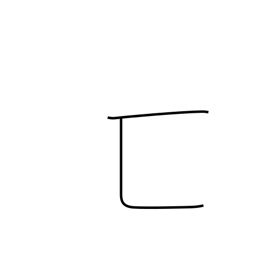
Meaning: hiding enclosure radical (no. 23)